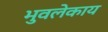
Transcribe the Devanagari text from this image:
भुवलेकाय